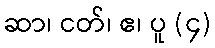
ဆာ၊ ငတ်၊ ဧ၊ ပူ (၄)